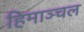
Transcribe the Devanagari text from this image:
हिमाञ्चल